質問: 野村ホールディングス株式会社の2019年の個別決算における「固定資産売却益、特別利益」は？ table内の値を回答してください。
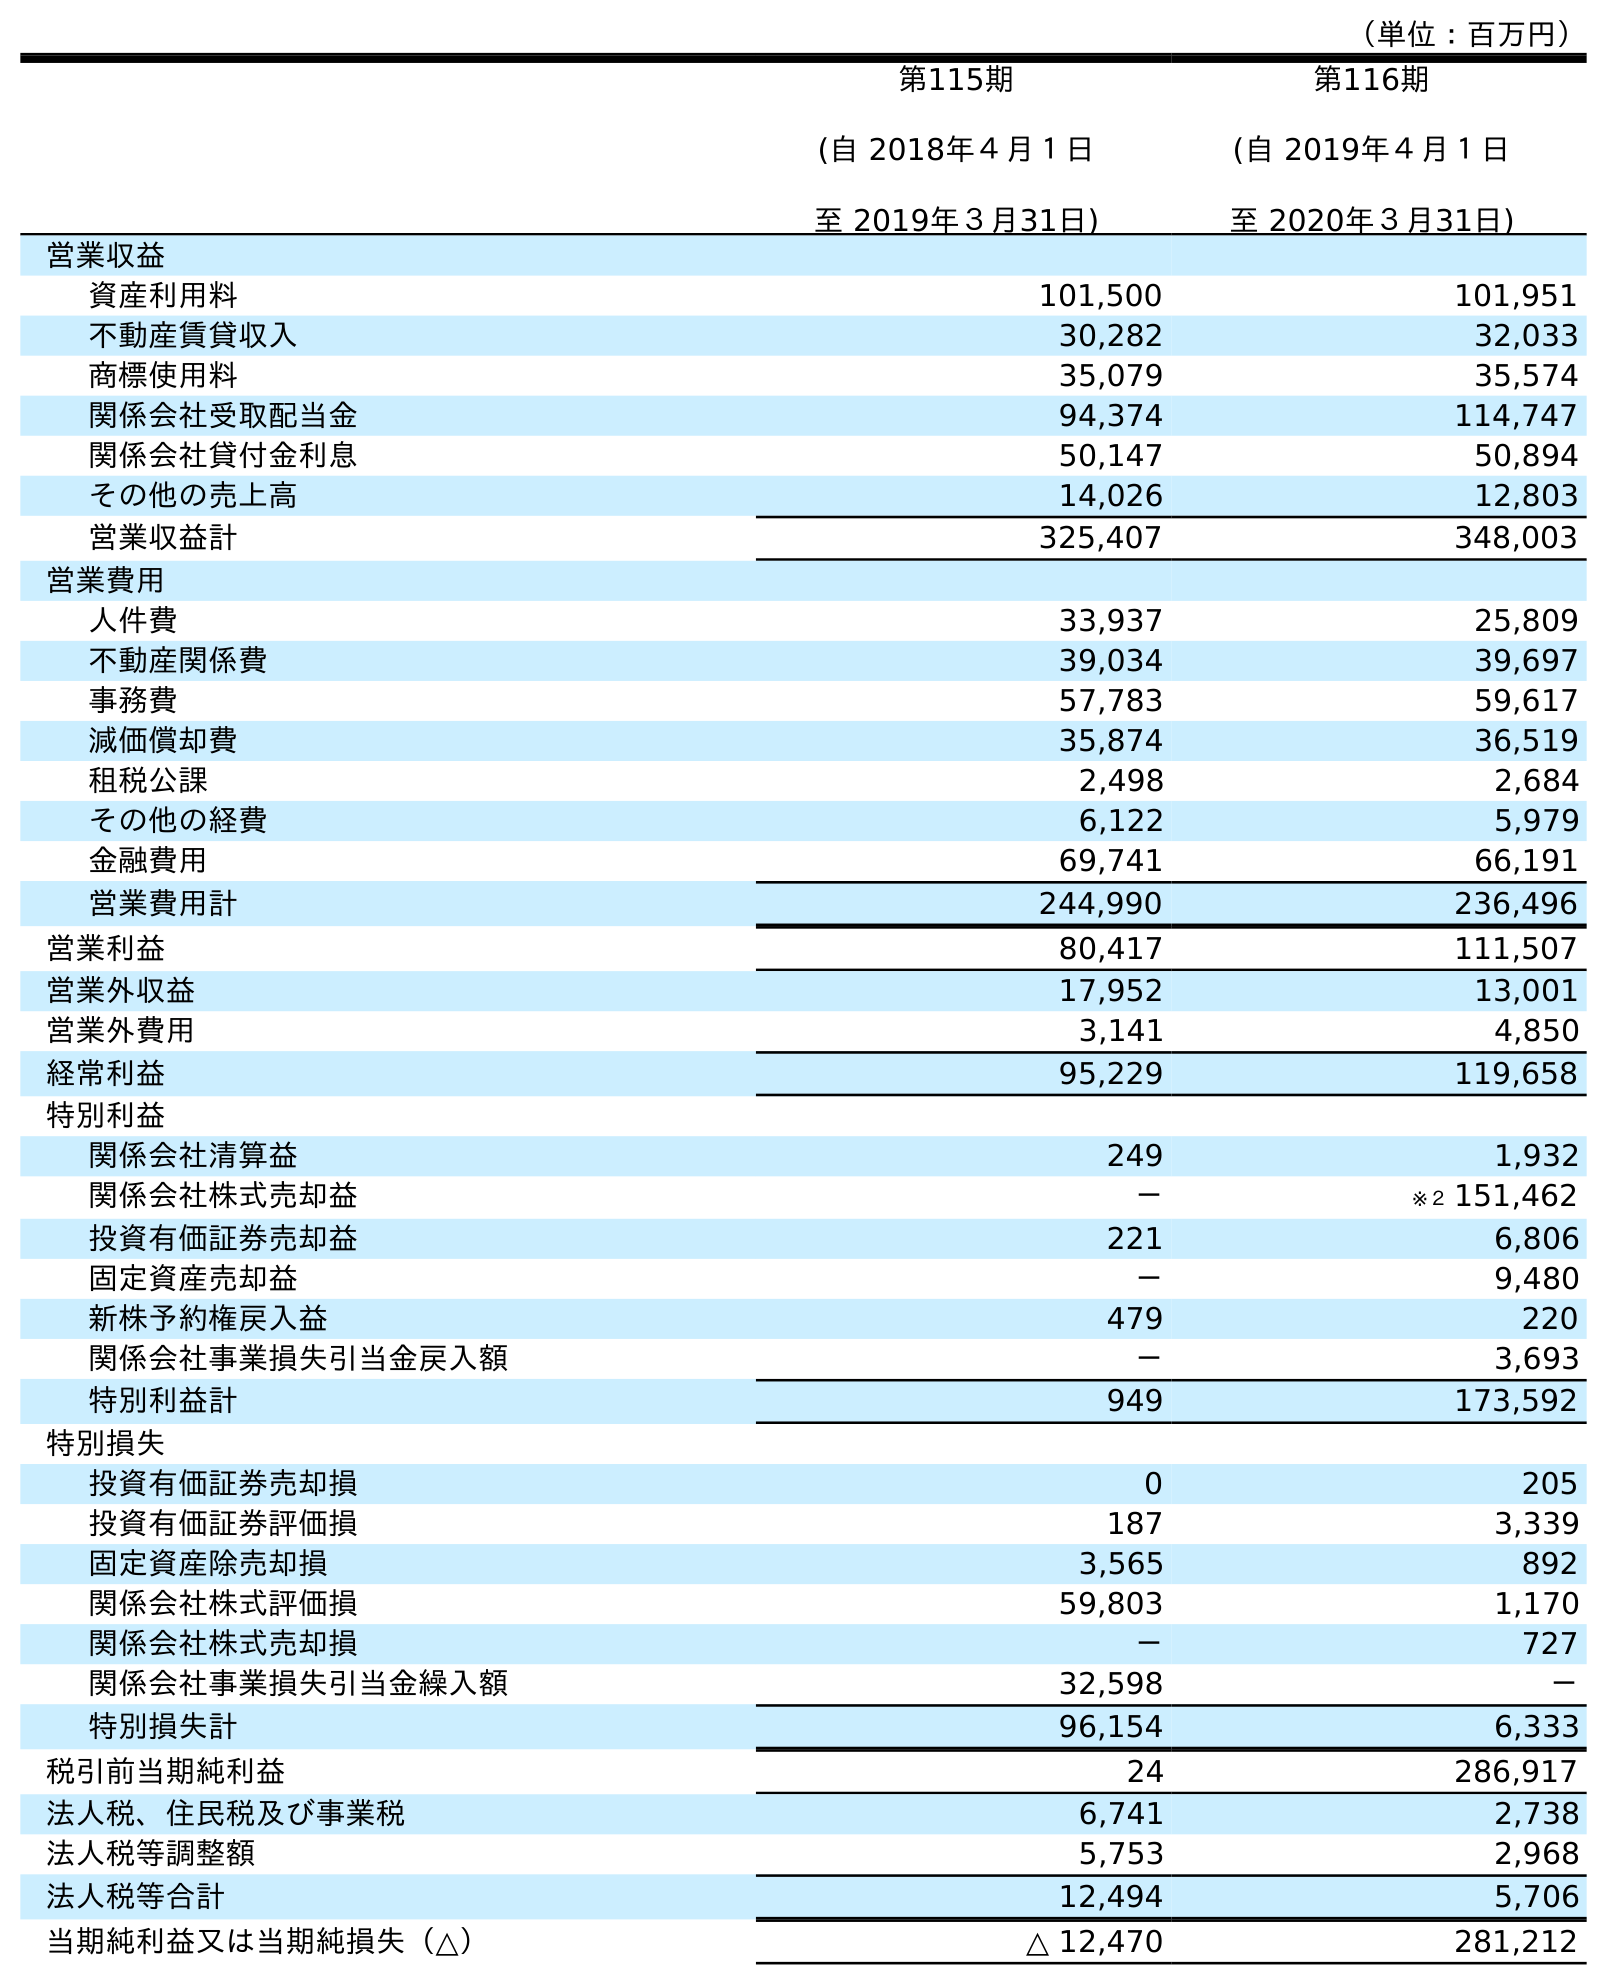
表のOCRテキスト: （単位：百万円） 第115期 (自 2018年４月１日 至 2019年３月31日) 第116期 (自 2019年４月１日 至 2020年３月31日) 営業収益 資産利用料 101,500 101,951 不動産賃貸収入 30,282 32,033 商標使用料 35,079 35,574 関係会社受取配当金 94,374 114,747 関係会社貸付金利息 50,147 50,894 その他の売上高 14,026 12,803 営業収益計 325,407 348,003 営業費用 人件費 33,937 25,809 不動産関係費 39,034 39,697 事務費 57,783 59,617 減価償却費 35,874 36,519 租税公課 2,498 2,684 その他の経費 6,122 5,979 金融費用 69,741 66,191 営業費用計 244,990 236,496 営業利益 80,417 111,507 営業外収益 17,952 13,001 営業外費用 3,141 4,850 経常利益 95,229 119,658 特別利益 関係会社清算益 249 1,932 関係会社株式売却益 － ※２ 151,462 投資有価証券売却益 221 6,806 固定資産売却益 － 9,480 新株予約権戻入益 479 220 関係会社事業損失引当金戻入額 － 3,693 特別利益計 949 173,592 特別損失 投資有価証券売却損 0 205 投資有価証券評価損 187 3,339 固定資産除売却損 3,565 892 関係会社株式評価損 59,803 1,170 関係会社株式売却損 － 727 関係会社事業損失引当金繰入額 32,598 － 特別損失計 96,154 6,333 税引前当期純利益 24 286,917 法人税、住民税及び事業税 6,741 2,738 法人税等調整額 5,753 2,968 法人税等合計 12,494 5,706 当期純利益又は当期純損失（△） △ 12,470 281,212
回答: －